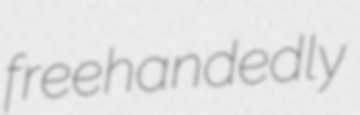
freehandedly